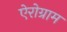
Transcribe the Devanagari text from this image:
ऐरोग्राम